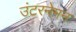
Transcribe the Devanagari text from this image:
उंटरनेमन